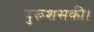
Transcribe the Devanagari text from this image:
बुरूशसकी।